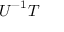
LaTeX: { \boldsymbol { U } } ^ { - 1 } { \boldsymbol { T } }